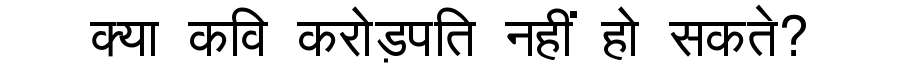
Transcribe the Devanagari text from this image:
क्या कवि करोड़पति नहीं हो सकते?